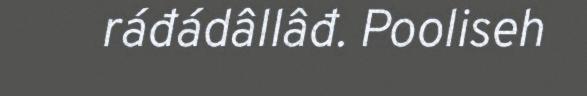
ráđádâllâđ. Pooliseh